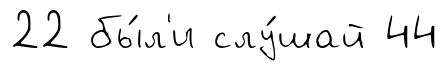
22 бы́л'и слу́шай 44